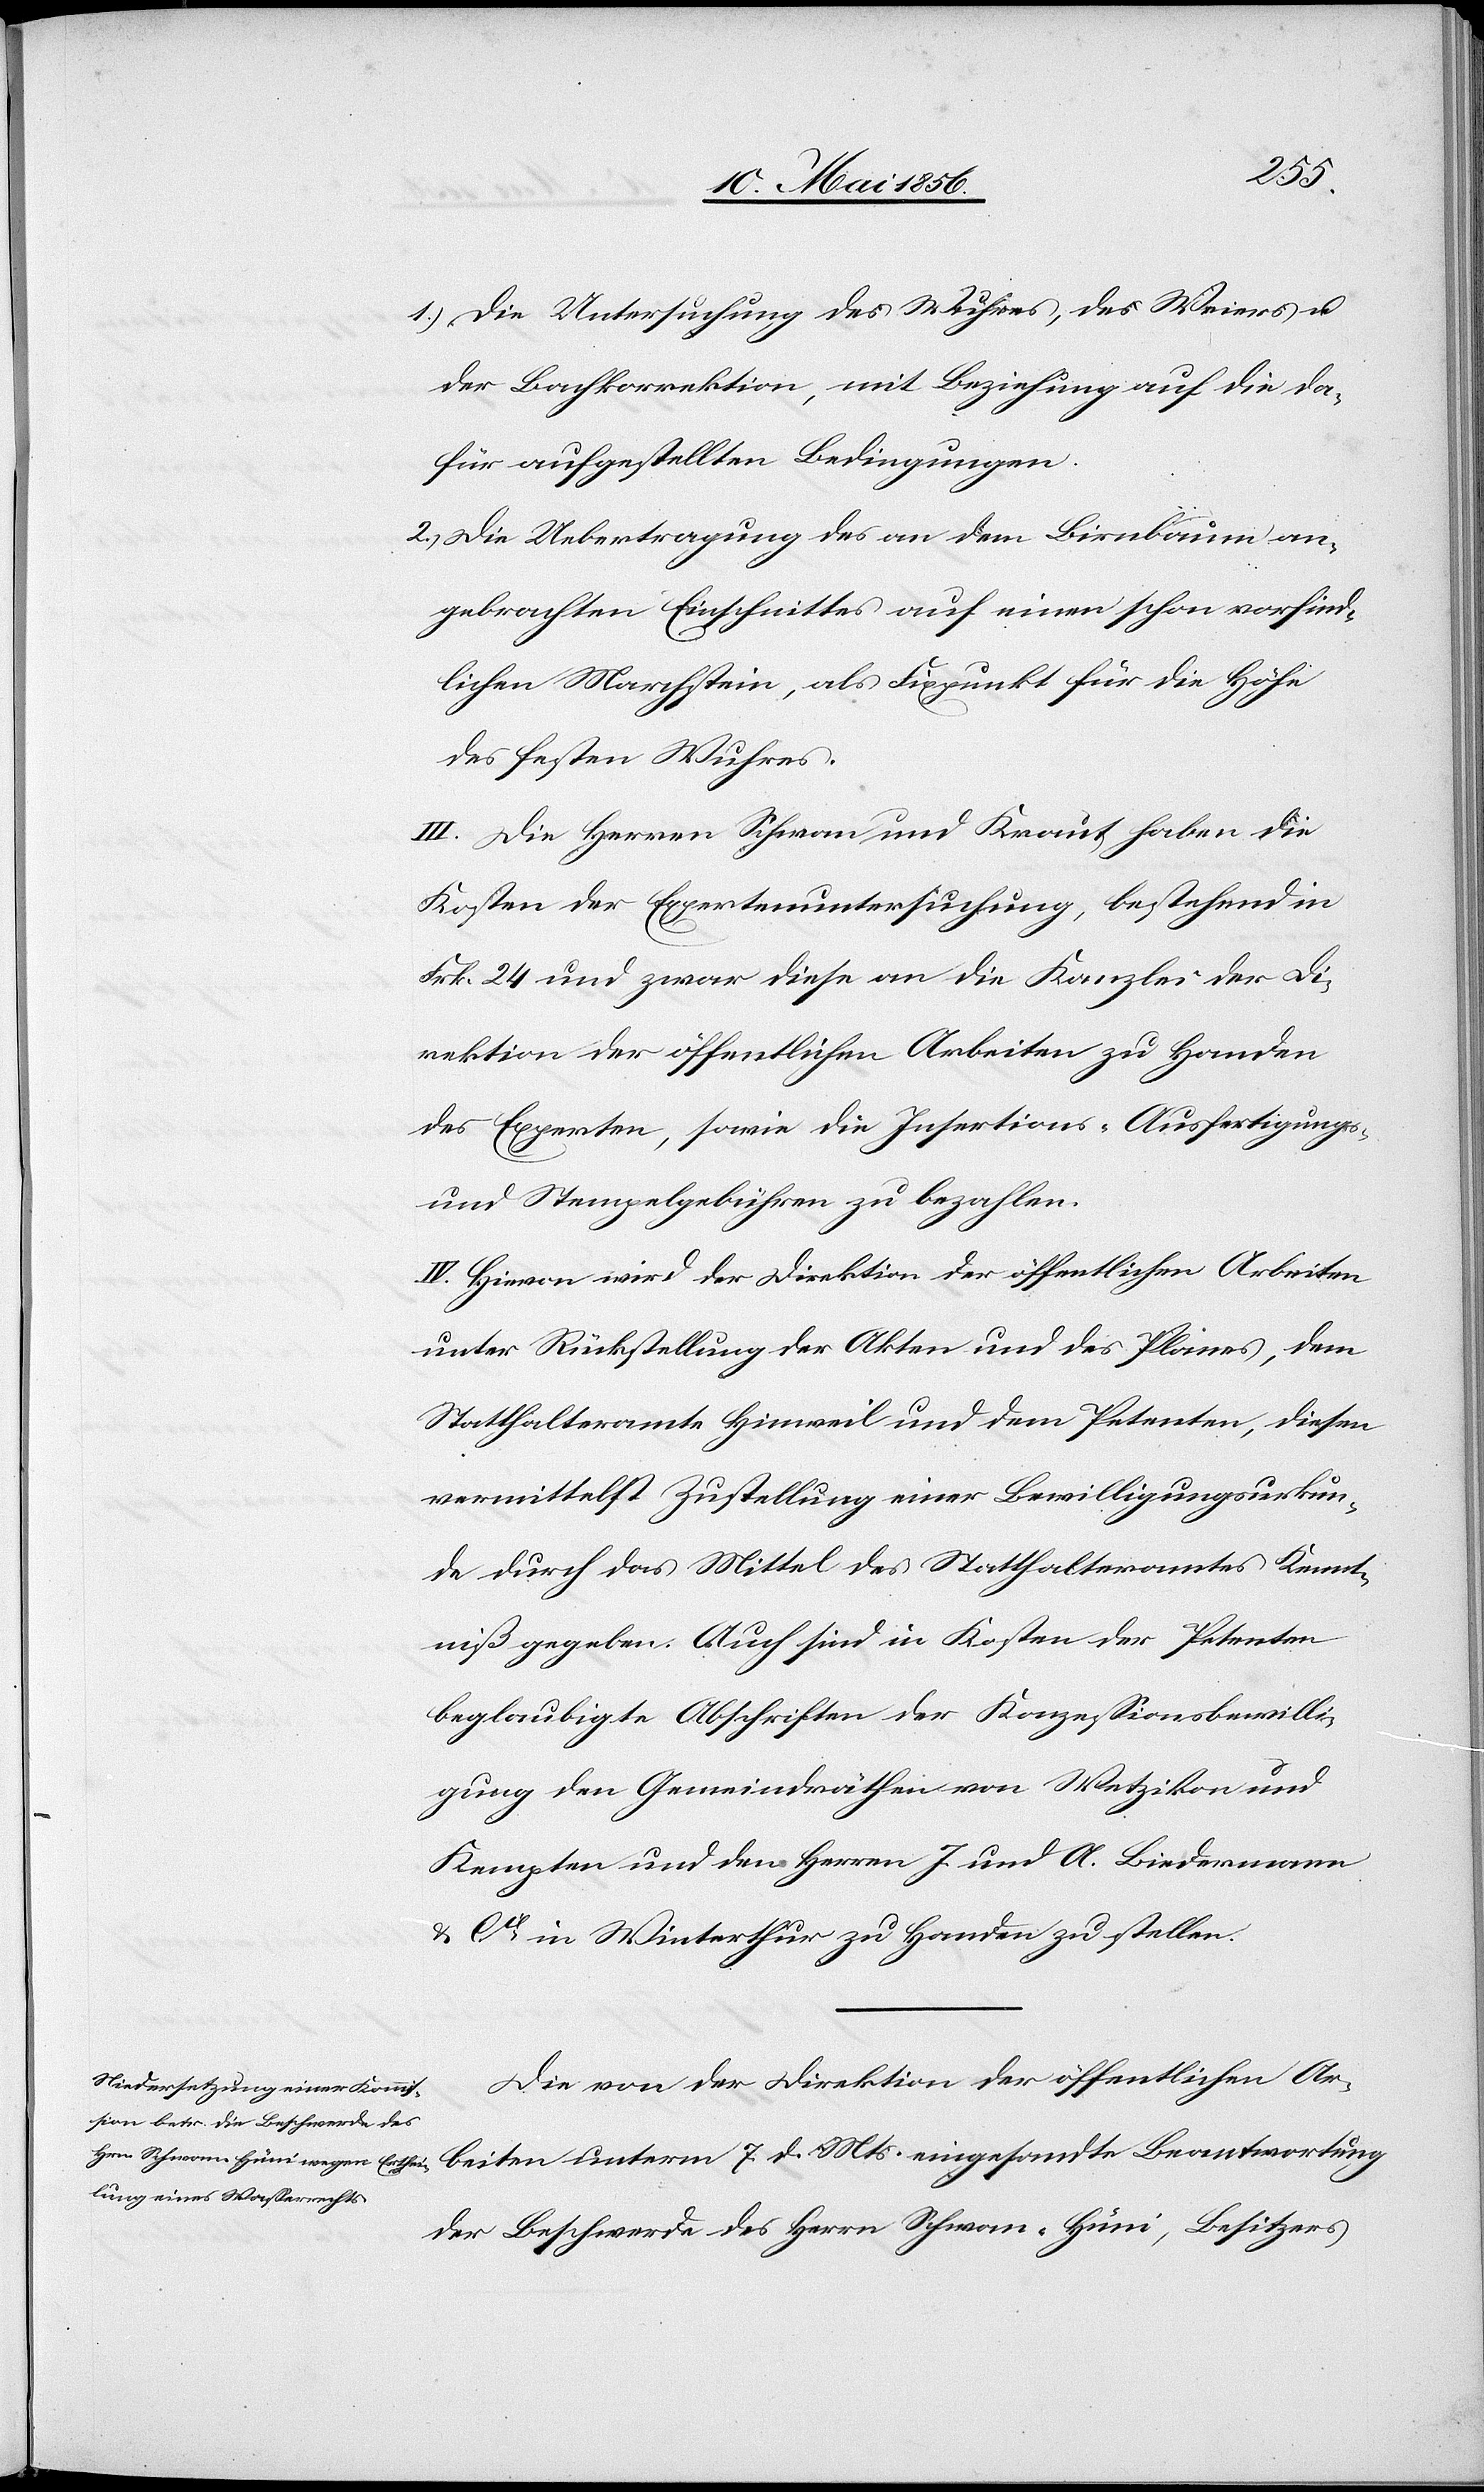
beiten
d. Mts.
1.) Die Untersuchung des Wuhres, des Weiers u.
der Bachkorrektion, mit Beziehung auf die da¬
für aufgestellten Bedingungen.
2.) Die Uebertragung des an dem Birnbaum an¬
gebrachten Einschnittes auf einen schon vorfind¬
lichen Marchstein, als Fixpunkt für die Höhe
des festen Wuhres.
III. Die Herren Schwan und Kraut haben die
Kosten der Expertenuntersuchung, bestehend in
Frk. 24 und zwar diese an die Kanzlei der Di¬
rektion der öffentlichen Arbeiten zu Handen
des Experten, sowie die Insertions- [,] Ausfertigungs-
und Stempelgebühren zu bezahlen.
IV. Hievon wird der Direktion der öffentlichen Arbeiten
unter Rückstellung der Akten und des Planes, dem
Statthalteramte Hinweil und dem Petenten, diesem
vermittelst Zustellung einer Bewilligungsurkun¬
de durch das Mittel des Statthalteramtes Kennt¬
niß gegeben. Auch sind in Kosten der Petenten
beglaubigte Abschriften der Konzessionsbewilli¬
gung den Gemeindräthen von Wetzikon und
Kempten und den Herren J. und A. Biedermann
& Cie in Winterthur zu Handen zu stellen.
Die von der Direktion der öffentlichen Ar¬
der Beschwerde des Herrn Schwan-Hüni, Besitzer